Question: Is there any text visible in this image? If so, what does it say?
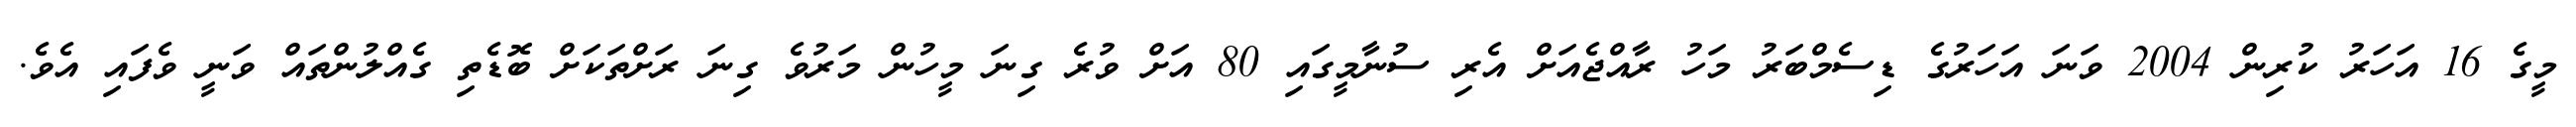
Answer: މީގެ 16 އަހަރު ކުރިން 2004 ވަނަ އަހަރުގެ ޑިސެމްބަރު މަހު ރާއްޖެއަށް އެރި ސުނާމީގައި 80 އަށް ވުރެ ގިނަ މީހުން މަރުވެ ގިނަ ރަށްތަކަށް ބޮޑެތި ގެއްލުންތައް ވަނީ ވެފައި އެވެ.